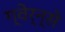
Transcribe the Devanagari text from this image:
ग्वेर्न्से